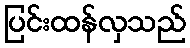
ပြင်းထန်လှသည်